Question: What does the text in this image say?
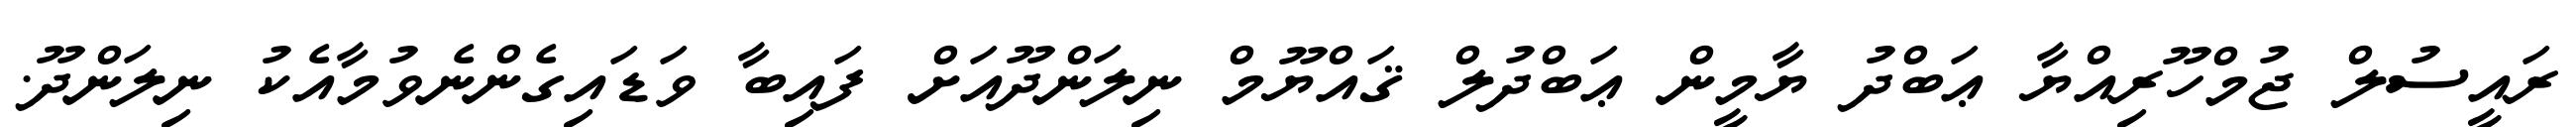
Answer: ރައީސުލް ޖުމްހޫރިއްޔާ ޢަބްދު ޔާމީން ޢަބްދުލް ޤައްޔޫމް ނިލަންދޫއަށް ފައިބާ ވަޑައިގެންނެވުމާއެކު ނިލަންދޫ.